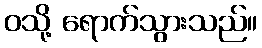
ဝသို့ ရောက်သွားသည်။